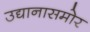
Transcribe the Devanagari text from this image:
उद्यानासमोर